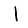
Digit: 1